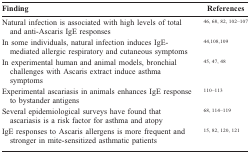
<table><thead><tr><td><b>Finding</b></td><td><b>References</b></td></tr></thead><tbody><tr><td>Natural infection is associated with high levels of total and anti-Ascaris IgE responses</td><td>[46,68,82,102-107]</td></tr><tr><td>In some individuals, natural infection induces IgE-mediated allergic respiratory and cutaneous symptoms</td><td>[44,108,109]</td></tr><tr><td>In experimental human and animal models, bronchial challenges with Ascaris extract induce asthma symptoms</td><td>[45,47,48]</td></tr><tr><td>Experimental ascariasis in animals enhances IgE response to bystander antigens</td><td>[110-113]</td></tr><tr><td>Several epidemiological surveys have found that ascariasis is a risk factor for asthma and atopy</td><td>[68,114-119]</td></tr><tr><td>IgE responses to Ascaris allergens is more frequent and stronger in mite-sensitized asthmatic patients</td><td>[15,82,120,121]</td></tr></tbody></table>